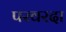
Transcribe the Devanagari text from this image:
परवरदा